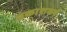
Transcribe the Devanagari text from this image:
प्रकाशवर्षं